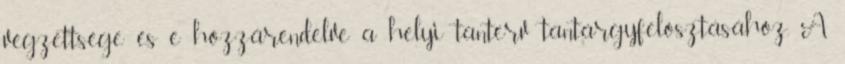
végzettsége és e hozzárendelve a helyi tanterv tantárgyfelosztásához, A